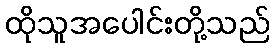
ထိုသူအပေါင်းတို့သည်